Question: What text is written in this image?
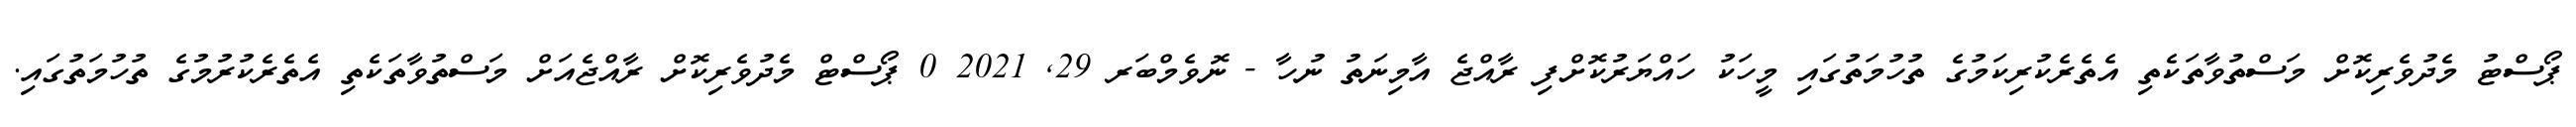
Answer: ޕޯސްޓު މެދުވެރިކޮށް މަސްތުވާތަކެތި އެތެރެކުރިކަމުގެ ތުހުމަތުގައި މީހަކު ހައްޔަރުކޮށްފި ރާއްޖެ އާމިނަތު ނުހާ - ނޮވެމްބަރ 29, 2021 0 ޕޯސްޓް މެދުވެރިކޮށް ރާއްޖެއަށް މަސްތުވާތަކެތި އެތެރެކުރުމުގެ ތުހުމަތުގައި.